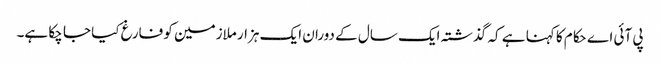
پی آئی اے حکام کا کہنا ہے کہ گذشتہ ایک سال کے دوران ایک ہزار ملازمین کو فارغ کیا جا چکا ہے۔